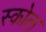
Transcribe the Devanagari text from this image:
स्कोल